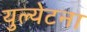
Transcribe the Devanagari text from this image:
युल्येटना